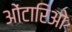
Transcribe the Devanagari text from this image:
ओंटारिओ